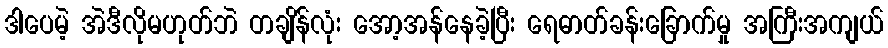
ဒါပေမဲ့ အဲဒီလိုမဟုတ်ဘဲ တချိန်လုံး အော့အန်နေခဲ့ပြီး ရေဓာတ်ခန်းခြောက်မှု အကြီးအကျယ်